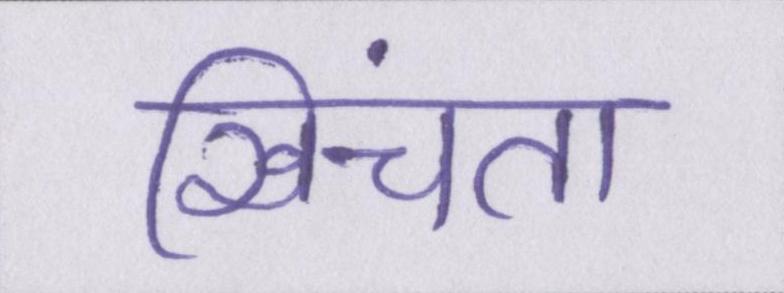
खिंचता